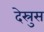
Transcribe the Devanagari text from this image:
देस्रुस